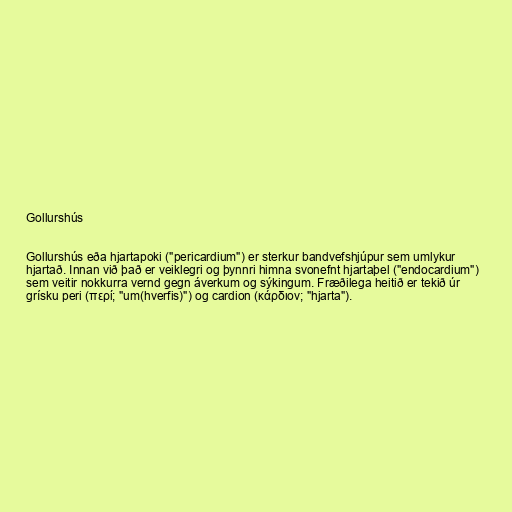
Gollurshús

Gollurshús eða hjartapoki ("pericardium") er sterkur bandvefshjúpur sem umlykur
hjartað. Innan við það er veiklegri og þynnri himna svonefnt hjartaþel ("endocardium")
sem veitir nokkurra vernd gegn áverkum og sýkingum. Fræðilega heitið er tekið úr
grísku peri (περί; "um(hverfis)") og cardion (κάρδιον; "hjarta").